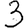
Digit: 3